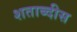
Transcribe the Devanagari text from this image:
शताब्दीस